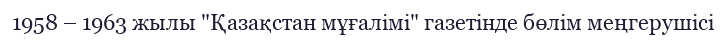
1958 – 1963 жылы "Қазақстан мұғалімі" газетінде бөлім меңгерушісі